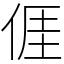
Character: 𠊎